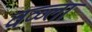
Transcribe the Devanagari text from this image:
वळ्ला